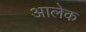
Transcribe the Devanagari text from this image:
आलेक